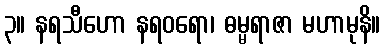
၃။ နရသီဟော နရဝရော၊ ဓမ္မရာဇာ မဟာမုနိ။